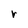
Character: r